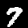
Digit: 7